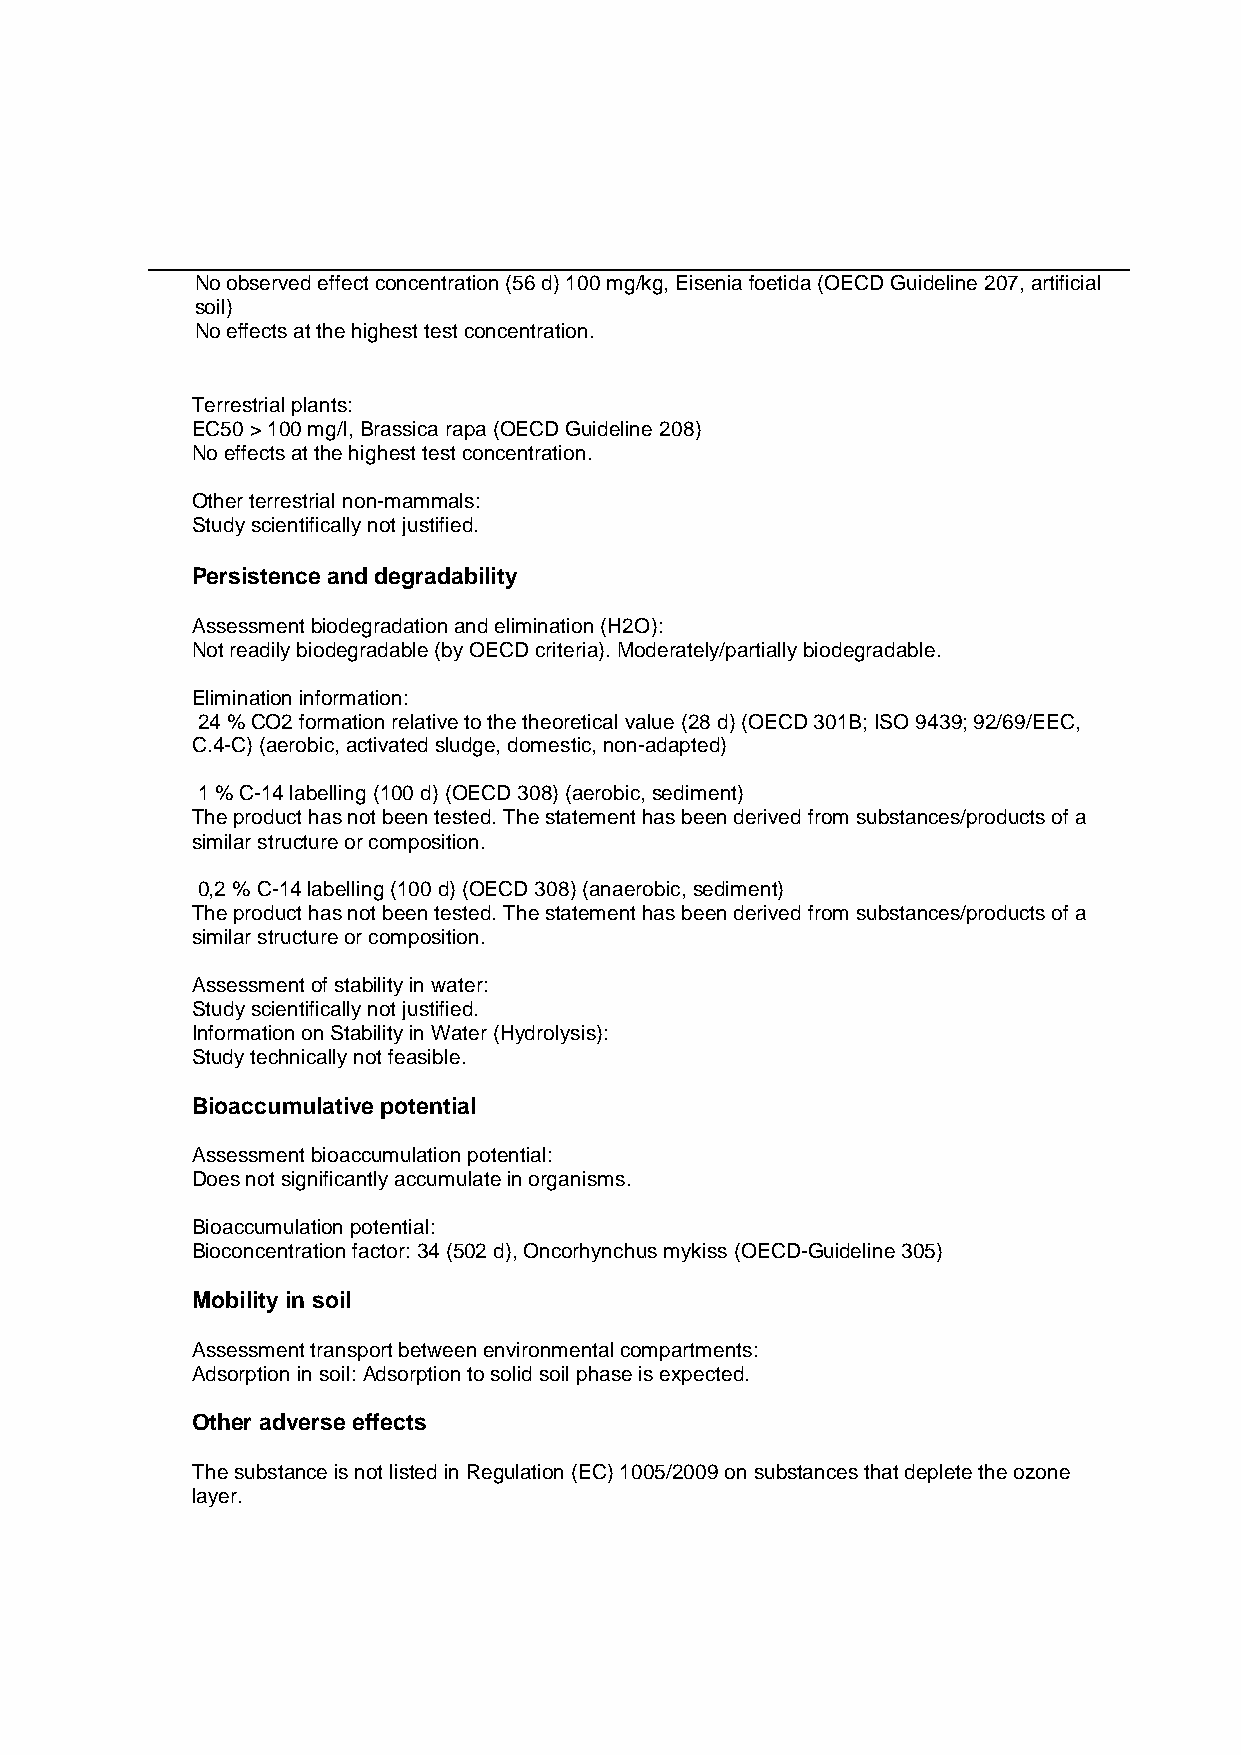
No observed effect concentration (56 d) 100 mg/kg, Eisenia foetida (OECD Guideline 207, artificial
 soil)
 No effects at the highest test concentration.
 Terrestrial plants:
 EC50 > 100 mg/l, Brassica rapa (OECD Guideline 208)
 No effects at the highest test concentration.
 Other terrestrial non-mammals:
 Study scientifically not justified.
 Persistence and degradability
 Assessment biodegradation and elimination (H2O):
 Not readily biodegradable (by OECD criteria). Moderately/partially biodegradable.
 Elimination information:
 24 % CO2 formation relative to the theoretical value (28 d) (OECD 301B; ISO 9439; 92/69/EEC,
 C.4-C) (aerobic, activated sludge, domestic, non-adapted)
 1 % C-14 labelling (100 d) (OECD 308) (aerobic, sediment)
 The product has not been tested. The statement has been derived from substances/products of a
 similar structure or composition.
 0,2 % C-14 labelling (100 d) (OECD 308) (anaerobic, sediment)
 The product has not been tested. The statement has been derived from substances/products of a
 similar structure or composition.
 Assessment of stability in water:
 Study scientifically not justified.
 Information on Stability in Water (Hydrolysis):
 Study technically not feasible.
 Bioaccumulative potential
 Assessment bioaccumulation potential:
 Does not significantly accumulate in organisms.
 Bioaccumulation potential:
 Bioconcentration factor: 34 (502 d), Oncorhynchus mykiss (OECD-Guideline 305)
 Mobility in soil
 Assessment transport between environmental compartments:
 Adsorption in soil: Adsorption to solid soil phase is expected.
 Other adverse effects
 The substance is not listed in Regulation (EC) 1005/2009 on substances that deplete the ozone
 layer.